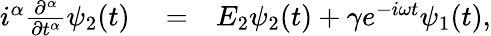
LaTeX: \begin{array}{rlr}{i^{\alpha}\frac{\partial^{\alpha}}{\partial t^{\alpha}}\psi_{2}(t)}&{{}=}&{E_{2}\psi_{2}(t)+\gamma e^{-i\omega t}\psi_{1}(t),}\end{array}